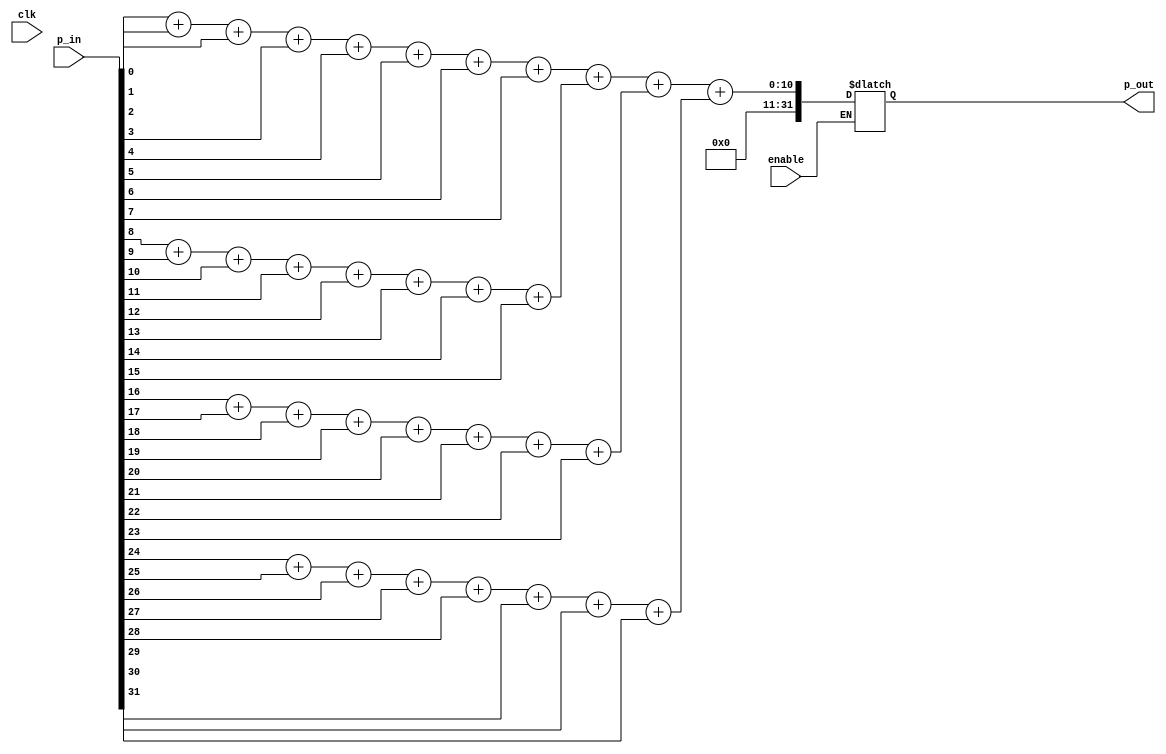
module Popcount_32bit(
	input clk,
	input enable,
	input [31:0] p_in,
	output reg [31:0] p_out
);

reg [7:0] r1, r2, r3, r4;

always @(clk or enable or p_in) begin

if(enable == 1'b1) begin 
	r1 = p_in[0] + p_in[1] + p_in[2] + p_in[3] + p_in[4] + p_in[5] + p_in[6] + p_in[7];
	r2 = p_in[8] + p_in[9] + p_in[10] + p_in[11] + p_in[12] + p_in[13] + p_in[14] + p_in[15];
	r3 = p_in[16] + p_in[17] + p_in[18] + p_in[19] + p_in[20] + p_in[21] + p_in[22] + p_in[23];
	r4 = p_in[24] + p_in[25] + p_in[26] + p_in[27] + p_in[28] + p_in[29] + p_in[30] + p_in[31];

	p_out = r1 + r2 + r3 + r4;
end

end


endmodule